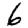
Digit: 6